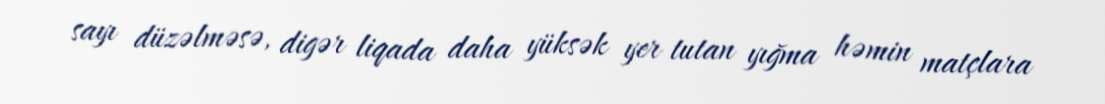
sayı düzəlməsə, digər liqada daha yüksək yer tutan yığma həmin matçlara